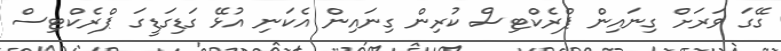
ގޭގަ ވަރަށް ގިނައިން ޕްރެކްޓިސް ކުރިން ގިނައިން އެކަނި އުޅޭ ގަޑިގަޑީގަ ޕްރެކްޓިސް